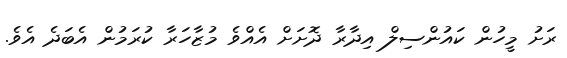
ރަށު މީހުން ކައުންސިލް އިދާރާ ދޮށަށް އެއްވެ މުޒާހަރާ ކުރަމުން އެބަދެ އެވެ.